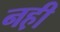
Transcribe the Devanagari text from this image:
नह़ी